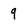
Character: 9